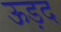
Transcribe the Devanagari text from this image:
ऊड़द